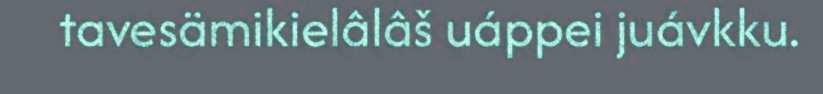
tavesämikielâlâš uáppei juávkku.